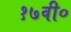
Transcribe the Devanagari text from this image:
१७वी०